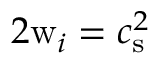
2 \mathrm { w } _ { i } = c _ { \mathrm { s } } ^ { 2 }